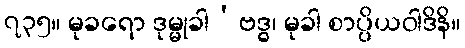
၇၃၅။ မုခရော ဒုမ္မုခါ’ဗဒ္ဓ၊ မုခါ စာပ္ပိယဝါဒိနိ။